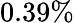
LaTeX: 0.39\%